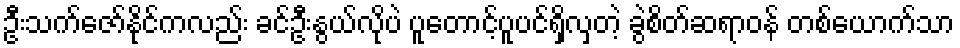
ဦးသက်ဇော်နိုင်ကလည်း ခင်ဦးနွယ်လိုပဲ ပူတောင့်ပူပင်ရှိလှတဲ့ ခွဲစိတ်ဆရာဝန် တစ်ယောက်သာ